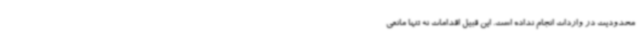
محدودیت در واردات انجام نداده است. این قبیل اقدامات نه تنها مانعی